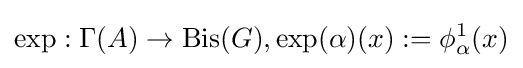
\exp :\Gamma (A)\to \mathrm {Bis} (G),\exp(\alpha )(x):=\phi _{\alpha }^{1}(x)